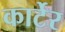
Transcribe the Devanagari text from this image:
कार्टेर